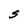
Character: S